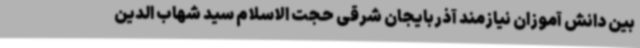
بین دانش آموزان نیازمند آذربایجان شرقی حجت الاسلام سید شهاب الدین